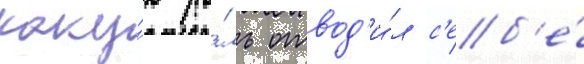
каку́ю ро́ль отвод'и́л с'еб'е́